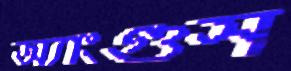
অ্যাংগুস